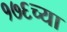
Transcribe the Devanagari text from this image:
१७६च्या